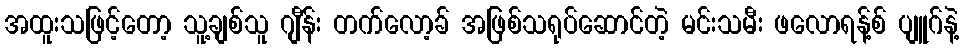
အထူးသဖြင့်တော့ သူ့ချစ်သူ ဂျီန်း တက်လော့ခ် အဖြစ်သရုပ်ဆောင်တဲ့ မင်းသမီး ဖလောရန့်စ် ပျူဂ်နဲ့